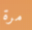
مرة